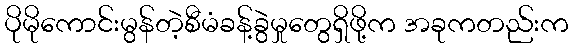
ပိုမိုကောင်းမွန်တဲ့စီမံခန့်ခွဲမှုတွေရှိဖို့က အခုကတည်းက